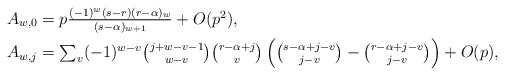
\begin{align*}\textstyle A_{w,0} & \textstyle = p\frac{(-1)^w(s-r)(r-\alpha)_w}{(s-\alpha)_{w+1}} + O(p^2),\\ \textstyle A_{w,j} & \textstyle = \sum_v(-1)^{w-v} {j+w-v-1\choose w-v} {r-\alpha+j\choose v} \left( {s-\alpha+j-v \choose j-v} - {r-\alpha+j-v \choose j-v} \right) + O(p),\end{align*}